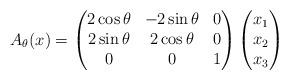
LaTeX: \begin{align*} A_{\theta} (x)=\begin{pmatrix} 2 \cos \theta & -2 \sin \theta & 0\\2 \sin \theta & 2 \cos \theta & 0\\0 & 0 & 1\end{pmatrix}\begin{pmatrix}x_1\\x_2\\x_3\end{pmatrix}\end{align*}